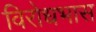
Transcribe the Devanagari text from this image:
विरोधभास